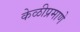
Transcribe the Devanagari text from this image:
केळीप्रमाणे